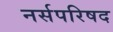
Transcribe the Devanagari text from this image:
नर्सपरिषद